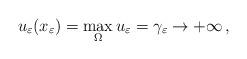
LaTeX: \begin{align*}u_\varepsilon(x_\varepsilon)=\max_\Omega u_\varepsilon=\gamma_\varepsilon\to +\infty\,,\end{align*}